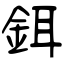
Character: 鉺